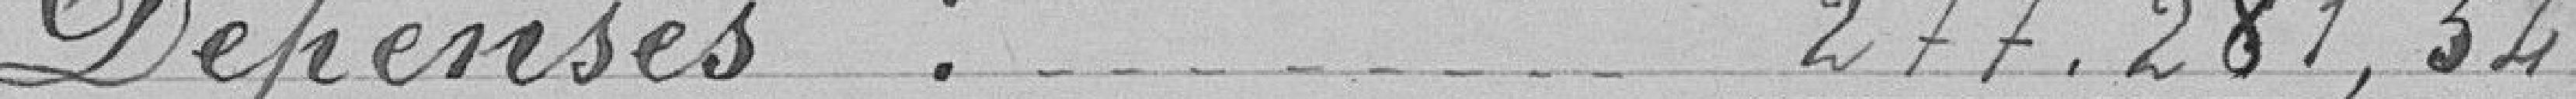
Dépenses : 277.281,54